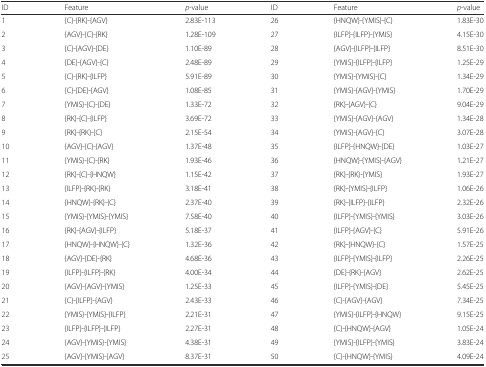
<table><thead><tr><td><b>ID</b></td><td><b>Feature</b></td><td><b><i>p</i>-value</b></td><td><b>ID</b></td><td><b>Feature</b></td><td><b><i>p</i>-value</b></td></tr></thead><tbody><tr><td>1</td><td>{C}-{RK}-{AGV}</td><td>2.83E-113</td><td>26</td><td>{HNQW}-{YMIS}-{C}</td><td>1.83E-30</td></tr><tr><td>2</td><td>{AGV}-{C}-{RK}</td><td>1.28E-109</td><td>27</td><td>{ILFP}-{ILFP}-{YMIS}</td><td>4.15E-30</td></tr><tr><td>3</td><td>{C}-{AGV}-{DE}</td><td>1.10E-89</td><td>28</td><td>{AGV}-{ILFP}-{ILFP}</td><td>8.51E-30</td></tr><tr><td>4</td><td>{DE}-{AGV}-{C}</td><td>2.48E-89</td><td>29</td><td>{YMIS}-{ILFP}-{ILFP}</td><td>1.25E-29</td></tr><tr><td>5</td><td>{C}-{RK}-{ILFP}</td><td>5.91E-89</td><td>30</td><td>{YMIS}-{YMIS}-{C}</td><td>1.34E-29</td></tr><tr><td>6</td><td>{C}-{DE}-{AGV}</td><td>1.08E-85</td><td>31</td><td>{YMIS}-{AGV}-{YMIS}</td><td>1.70E-29</td></tr><tr><td>7</td><td>{YMIS}-{C}-{DE}</td><td>1.33E-72</td><td>32</td><td>{RK}-{AGV}-{C}</td><td>9.04E-29</td></tr><tr><td>8</td><td>{RK}-{C}-{ILFP}</td><td>3.69E-72</td><td>33</td><td>{YMIS}-{AGV}-{AGV}</td><td>1.34E-28</td></tr><tr><td>9</td><td>{RK}-{RK}-{C}</td><td>2.15E-54</td><td>34</td><td>{YMIS}-{AGV}-{C}</td><td>3.07E-28</td></tr><tr><td>10</td><td>{AGV}-{C}-{AGV}</td><td>1.37E-48</td><td>35</td><td>{ILFP}-{HNQW}-{DE}</td><td>1.03E-27</td></tr><tr><td>11</td><td>{YMIS}-{C}-{RK}</td><td>1.93E-46</td><td>36</td><td>{HNQW}-{YMIS}-{AGV}</td><td>1.21E-27</td></tr><tr><td>12</td><td>{RK}-{C}-{HNQW}</td><td>1.15E-42</td><td>37</td><td>{RK}-{RK}-{YMIS}</td><td>1.93E-27</td></tr><tr><td>13</td><td>{ILFP}-{RK}-{RK}</td><td>3.18E-41</td><td>38</td><td>{RK}-{YMIS}-{ILFP}</td><td>1.06E-26</td></tr><tr><td>14</td><td>{HNQW}-{RK}-{C}</td><td>2.37E-40</td><td>39</td><td>{RK}-{ILFP}-{ILFP}</td><td>2.32E-26</td></tr><tr><td>15</td><td>{YMIS}-{YMIS}-{YMIS}</td><td>7.58E-40</td><td>40</td><td>{ILFP}-{YMIS}-{YMIS}</td><td>3.03E-26</td></tr><tr><td>16</td><td>{RK}-{AGV}-{ILFP}</td><td>5.18E-37</td><td>41</td><td>{ILFP}-{AGV}-{C}</td><td>5.91E-26</td></tr><tr><td>17</td><td>{HNQW}-{HNQW}-{C}</td><td>1.32E-36</td><td>42</td><td>{RK}-{HNQW}-{C}</td><td>1.57E-25</td></tr><tr><td>18</td><td>{AGV}-{DE}-{RK}</td><td>4.68E-36</td><td>43</td><td>{ILFP}-{YMIS}-{ILFP}</td><td>2.26E-25</td></tr><tr><td>19</td><td>{ILFP}-{ILFP}-{RK}</td><td>4.00E-34</td><td>44</td><td>{DE}-{RK}-{AGV}</td><td>2.62E-25</td></tr><tr><td>20</td><td>{AGV}-{AGV}-{YMIS}</td><td>1.25E-33</td><td>45</td><td>{ILFP}-{YMIS}-{DE}</td><td>5.45E-25</td></tr><tr><td>21</td><td>{C}-{ILFP}-{AGV}</td><td>2.43E-33</td><td>46</td><td>{C}-{AGV}-{AGV}</td><td>7.34E-25</td></tr><tr><td>22</td><td>{YMIS}-{YMIS}-{ILFP}</td><td>2.21E-31</td><td>47</td><td>{YMIS}-{ILFP}-{HNQW}</td><td>9.15E-25</td></tr><tr><td>23</td><td>{ILFP}-{ILFP}-{ILFP}</td><td>2.27E-31</td><td>48</td><td>{C}-{HNQW}-{AGV}</td><td>1.05E-24</td></tr><tr><td>24</td><td>{AGV}-{YMIS}-{YMIS}</td><td>4.38E-31</td><td>49</td><td>{YMIS}-{ILFP}-{YMIS}</td><td>3.83E-24</td></tr><tr><td>25</td><td>{AGV}-{YMIS}-{AGV}</td><td>8.37E-31</td><td>50</td><td>{C}-{HNQW}-{YMIS}</td><td>4.09E-24</td></tr></tbody></table>